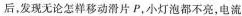
后，发现无论怎样移动滑片P，小灯泡都不亮，电流